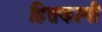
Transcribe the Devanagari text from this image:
हितकामी